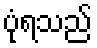
ပုံရသည်